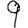
Digit: 9